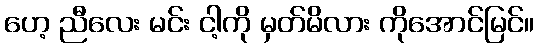
ဟေ့ ညီလေး မင်း ငါ့ကို မှတ်မိလား ကိုအောင်မြင်။